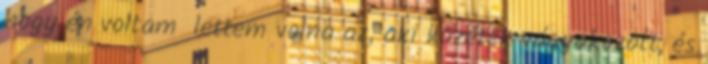
hogy én voltam lettem volna az, aki közétek vágyakozott, és